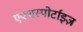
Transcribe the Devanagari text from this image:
एक्सस्पोर्टाइज़